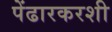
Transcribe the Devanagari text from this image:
पेंढारकरशी